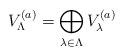
LaTeX: \begin{align*}V^{(a)}_{\Lambda} = \bigoplus_{\lambda \in \Lambda} V^{(a)}_{\lambda}\end{align*}